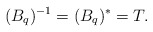
\begin{align*}(B_q)^{-1}=(B_q)^{*}=T.\end{align*}